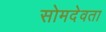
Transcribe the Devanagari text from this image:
सोमदेवता